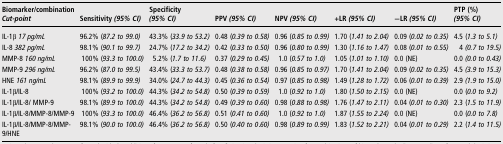
<table><thead><tr><td><b>Biomarker/combination<i>Cut-point</i></b></td><td><b>Sensitivity <i>(95% CI)</i></b></td><td><b>Specificity <i>(95% CI)</i></b></td><td><b>PPV <i>(95% CI)</i></b></td><td><b>NPV <i>(95% CI)</i></b></td><td><b>+LR <i>(95% CI)</i></b></td><td><b>−LR <i>(95% CI)</i></b></td><td><b>PTP (%) <i>(95% CI)</i></b></td></tr></thead><tbody><tr><td>IL-1β <i>17 pg/mL</i></td><td>96.2% (<i>87.2 to 99.0)</i></td><td>43.3% (<i>33.9 to 53.2)</i></td><td>0.48 (<i>0.39 to 0.58)</i></td><td>0.96 (<i>0.85 to 0.99)</i></td><td>1.70 (<i>1.41 to 2.04)</i></td><td>0.09 (<i>0.02 to 0.35)</i></td><td>4.5 (<i>1.3 to 5.1)</i></td></tr><tr><td>IL-8 <i>382 pg/mL</i></td><td>98.1% (<i>90.1 to 99.7)</i></td><td>24.7% (<i>17.2 to 34.2)</i></td><td>0.42 (<i>0.33 to 0.50)</i></td><td>0.96 (<i>0.80 to 0.99)</i></td><td>1.30 (<i>1.16 to 1.47)</i></td><td>0.08 (<i>0.01 to 0.55)</i></td><td>4 <i>(0.7 to 19.5)</i></td></tr><tr><td>MMP-8 <i>160 ng/mL</i></td><td>100% (<i>93.3 to 100.0)</i></td><td>5.2% (<i>1.7 to 11.6)</i></td><td>0.37 (<i>0.29 to 0.45)</i></td><td>1.0 (<i>0.57 to 1.0)</i></td><td>1.05 (<i>1.01 to 1.10)</i></td><td>0.0 (NE)</td><td>0.0 <i>(0.0 to 0.43)</i></td></tr><tr><td>MMP-9 <i>296 ng/mL</i></td><td>96.2% (<i>87.0 to 99.5)</i></td><td>43.4% (<i>33.3 to 53.7)</i></td><td>0.48 (<i>0.38 to 0.58)</i></td><td>0.96 (<i>0.85 to 0.97)</i></td><td>1.70 (<i>1.41 to 2.04)</i></td><td>0.09 (<i>0.02 to 0.35)</i></td><td>4.5 <i>(3.9 to 15.3)</i></td></tr><tr><td>HNE <i>161 ng/mL</i></td><td>98.1% (<i>89.9 to 99.9)</i></td><td>34.0% (<i>24.7 to 44.3)</i></td><td>0.45 (<i>0.36 to 0.54)</i></td><td>0.97 (<i>0.85 to 0.98)</i></td><td>1.49 (<i>1.28 to 1.72)</i></td><td>0.06 (<i>0.01 to 0.39)</i></td><td>2.9 <i>(1.9 to 15.0)</i></td></tr><tr><td>IL-1β/IL-8</td><td>100% (<i>93</i>.<i>2 to 100.0)</i></td><td>44.3% (<i>34</i>.<i>2 to 54</i>.<i>8)</i></td><td>0.50 (<i>0</i>.<i>39 to 0</i>.<i>59)</i></td><td>1.0 (<i>0</i>.<i>92 to 1</i>.<i>0)</i></td><td>1.80 (<i>1</i>.<i>50 to 2</i>.<i>15)</i></td><td>0.0 (NE)</td><td>0.0 (<i>0.0 to 9.2)</i></td></tr><tr><td>IL-1β/IL-8/ MMP-9</td><td>98.1% (<i>89</i>.<i>9 to 100.0)</i></td><td>44.3% (<i>34</i>.<i>2 to 54</i>.<i>8)</i></td><td>0.49 (<i>0</i>.<i>39 to 0</i>.<i>60)</i></td><td>0.98 (<i>0</i>.<i>88 to 0.98)</i></td><td>1.76 (<i>1</i>.<i>47 to 2</i>.<i>11)</i></td><td>0.04 (<i>0</i>.<i>01 to 0</i>.<i>30)</i></td><td>2.3 (<i>1.5 to 11.9)</i></td></tr><tr><td>IL-1β/IL-8/MMP-8/MMP-9</td><td>100% (<i>93</i>.<i>3 to 100.0)</i></td><td>46.4% (<i>36</i>.<i>2 to 56</i>.<i>8)</i></td><td>0.51 (<i>0</i>.<i>41 to 0</i>.<i>60)</i></td><td>1.0 (<i>0</i>.<i>92 to 1</i>.<i>0)</i></td><td>1.87 (<i>1</i>.<i>55 to 2</i>.<i>24)</i></td><td>0.0 (NE)</td><td>0.0 (<i>0.0 to 7.8)</i></td></tr><tr><td>IL-1β/IL-8/MMP-8/MMP-9/HNE</td><td>98.1% (<i>90</i>.<i>0 to 100.0)</i></td><td>46.4% (<i>36</i>.<i>2 to 56</i>.<i>8)</i></td><td>0.50 (<i>0</i>.<i>40 to 0</i>.<i>60)</i></td><td>0.98 (<i>0</i>.<i>89 to 0.99)</i></td><td>1.83 (<i>1</i>.<i>52 to 2</i>.<i>21)</i></td><td>0.04 (<i>0</i>.<i>01 to 0</i>.<i>29)</i></td><td>2.2 (<i>1.4 to 11.5)</i></td></tr></tbody></table>